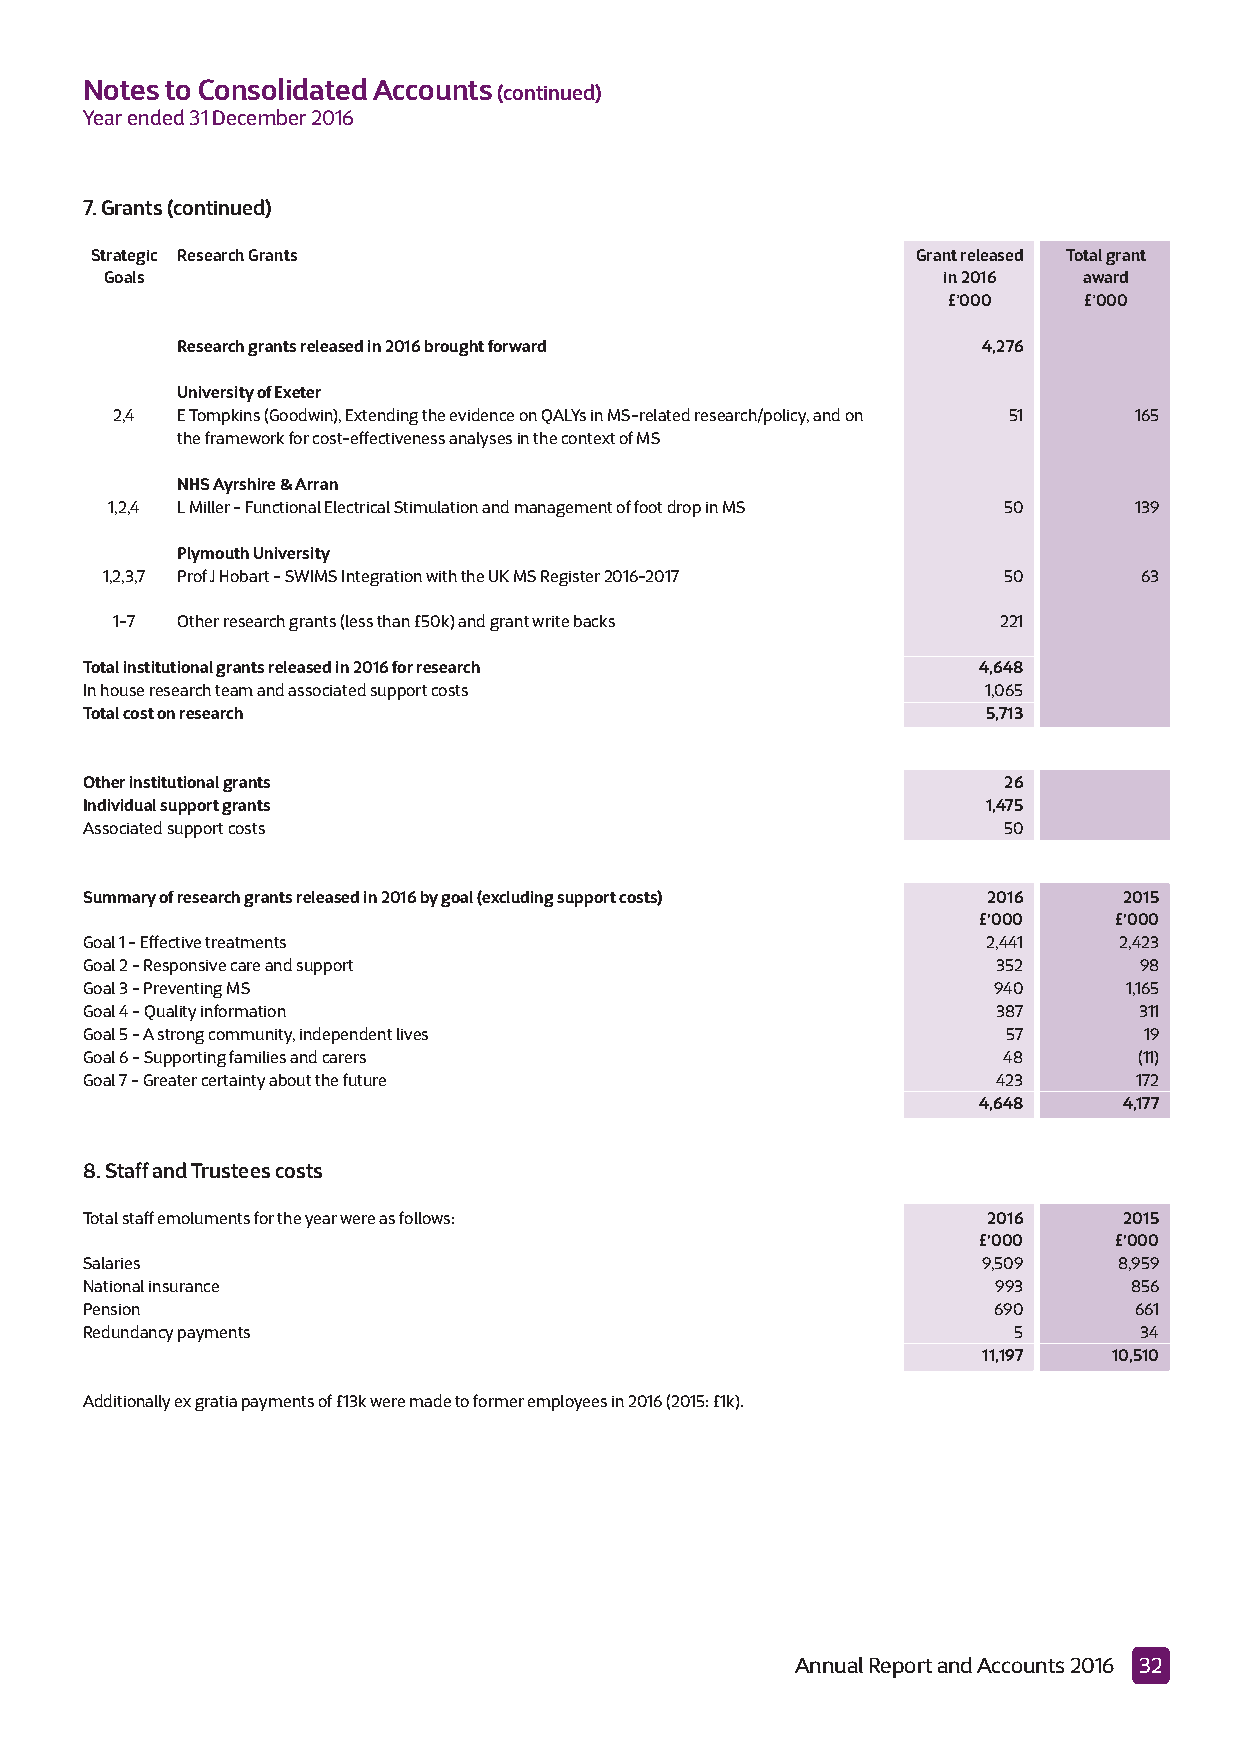
Notes to Consolidated Accounts(continued)
 Year ended 31 December 2016
 7. Grants (continued)
 Strategic Research Grants                              Grant released Total grant
 Goals                                                  in 2016   award
 £’000    £’000
 Research grants released in 2016 brought forward     4,276
 University of Exeter
 2,4  E Tompkins (Goodwin), Extending the evidence on QALYs in MS-related research/policy, and on 51 165
 the framework for cost-effectiveness analyses in the context of MS
 NHS Ayrshire & Arran
 1,2,4 L Miller - Functional Electrical Stimulation and management of foot drop in MS 50 139
 Plymouth University
 1,2,3,7 Prof J Hobart - SWIMS Integration with the UK MS Register 2016-2017 50 63
 1-7 Other research grants (less than £50k) and grant write backs 221
 Total institutional grants released in 2016 for research    4,648
 In house research team and associated support costs         1,065
 Total cost on research                                      5,713
 Other institutional grants                                   26
 Individual support grants                                   1,475
 Associated support costs                                     50
 Summary of research grants released in 2016 by goal (excluding support costs) 2016 2015
 £’000    £’000
 Goal 1 - Effective treatments                               2,441    2,423
 Goal 2 - Responsive care and support                         352      98
 Goal 3 - Preventing MS                                       940      1,165
 Goal 4 - Quality information                                 387      311
 Goal 5 - A strong community, independent lives                57       19
 Goal 6 - Supporting families and carers                      48       (11)
 Goal 7 - Greater certainty about the future                  423      172
 4,648    4,177
 8. Staff and Trustees costs
 Total staff emoluments for the year were as follows:        2016     2015
 £’000    £’000
 Salaries                                                    9,509    8,959
 National insurance                                           993      856
 Pension                                                      690      661
 Redundancy payments                                           5       34
 11,197   10,510
 Additionally ex gratia payments of £13k were made to former employees in 2016 (2015: £1k).
 Annual Report and Accounts 2016 32